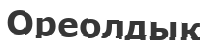
Ореолдық